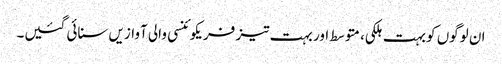
ان لوگوں کو بہت ہلکی، متوسط اور بہت تیز فریکوئنسی والی آوازیں سنائی گئیں۔